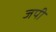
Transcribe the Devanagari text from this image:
जपी